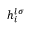
h _ { i } ^ { l \sigma }